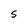
Character: S